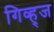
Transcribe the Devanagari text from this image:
गिव्ह्‌ज